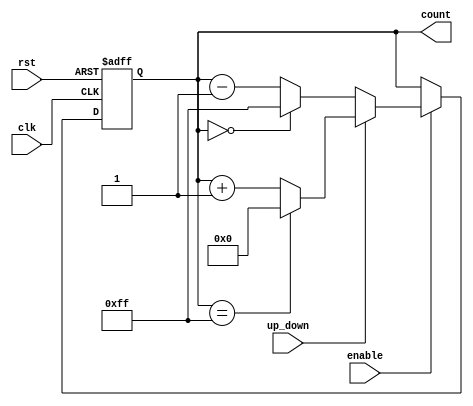
module UpDownCounter (
    input wire clk,            // Clock signal
    input wire rst,            // Asynchronous reset
    input wire up_down,        // Up/Down control signal
    input wire enable,         // Enable signal
    output reg [7:0] count     // 8-bit count output (adjust width as needed)
);

    // Define maximum count value based on the width of the count
    localparam MAX_COUNT = 8'hFF; // 255 for an 8-bit counter

    // Asynchronous reset
    always @(posedge clk or posedge rst) begin
        if (rst) begin
            count <= 8'b0; // Reset count to 0
        end else if (enable) begin
            if (up_down) begin
                // Increment count with wrap-around
                if (count == MAX_COUNT) begin
                    count <= 8'b0; // Wrap around to 0
                end else begin
                    count <= count + 1'b1; // Increment count
                end
            end else begin
                // Decrement count with wrap-around
                if (count == 8'b0) begin
                    count <= MAX_COUNT; // Wrap around to MAX_COUNT
                end else begin
                    count <= count - 1'b1; // Decrement count
                end
            end
        end
    end

endmodule